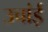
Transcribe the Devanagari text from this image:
उचांई